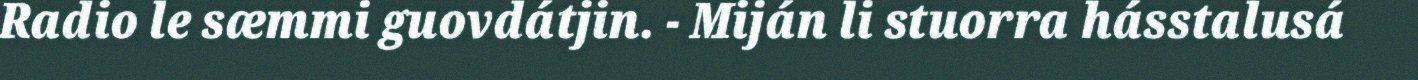
Radio le sæmmi guovdátjin. - Miján li stuorra hásstalusá